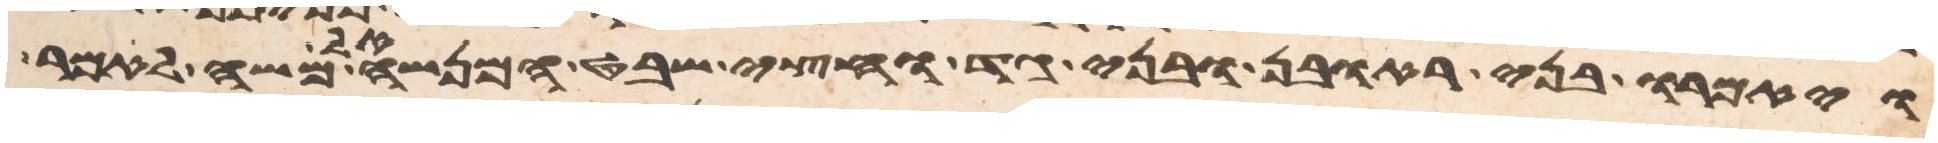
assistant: ויאמרו בני ראובן ובני גד וחצי שבט המנשה אל משה לאמר